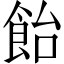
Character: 飴